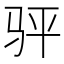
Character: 𬳴